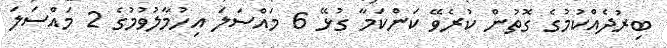
ބިރުދެއްކުމުގެ ގޮތުން ކުރެވޭ ކަންކަމާ ގުޅޭ 6 މައްސަލަ އިހުމާލުވުމުގެ 2 މައްސަލަ